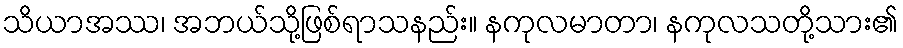
သိယာအဿ၊ အဘယ်သို့ဖြစ်ရာသနည်း။ နကုလမာတာ၊ နကုလသတို့သား၏